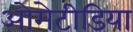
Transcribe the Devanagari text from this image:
ओमेटीडिया